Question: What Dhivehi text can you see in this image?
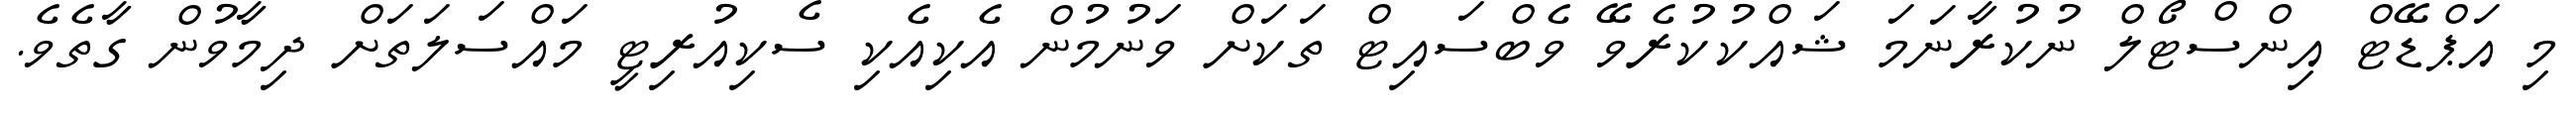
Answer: މި އަޕްޑޭޓް އިންސްޓޯލް ނުކުރާނަމަ ޝައްކުކުރެވޭ ވެބްސައިޓް ތަކަށް ވަނުމުން އެކިއެކި ސެކިއުރިޓީ މައްސަލަތަށް ދިމާވުން ގާތެވެ.